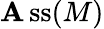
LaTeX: \operatorname{\mathbf{A}ss}(M)